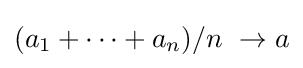
(a_{1}+\cdots +a_{n})/n\ \to a